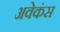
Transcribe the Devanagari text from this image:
अवेकंस